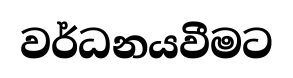
වර්ධනයවීමට